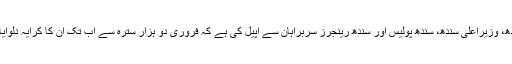
نواب بلوچ نے وزیراعظم، آرمی چیف، گورنر سندھ، وزیراعلیٰ سندھ، سندھ پولیس اور سندھ رینجرز سربراہان سے اپیل کی ہے کہ فروری دو ہزار سترہ سے اب تک ان کا کرایہ دلوایا جائے اور انہیں مکان خالی کروا کر دلوایا جائے۔